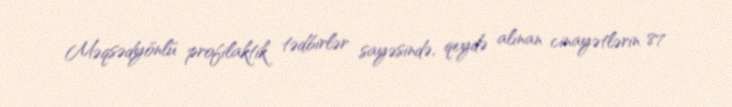
Məqsədyönlü profilaktik tədbirlər sayəsində, qeydə alınan cinayətlərin 87